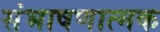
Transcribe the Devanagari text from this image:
संभाषणात्मक